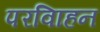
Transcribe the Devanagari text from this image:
परविाहन